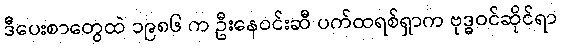
ဒီပေးစာတွေထဲ ၁၉၈၆ က ဦးနေဝင်းဆီ ပက်ထရစ်ရှာက ဗုဒ္ဓဝင်ဆိုင်ရာ